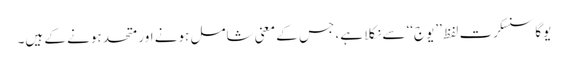
یوگا سنسکرت لفظ ’’یوج‘‘ سے نکلا ہے، جس کے معنی شامل ہونے اور متحد ہونے کے ہیں۔